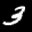
Label: 3